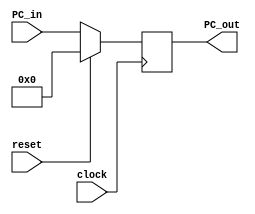
module PC(PC_out, PC_in, clock, reset);

output reg [15:0] PC_out;

input [15:0] PC_in;
input clock, reset;

initial
begin
	PC_out = 16'b0;
end

always @(posedge clock)
begin
	if(! reset)
		PC_out <= PC_in;
	else
		PC_out <= 16'b0;
end

endmodule